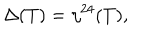
\Delta ( T ) = \eta ^ { 2 4 } ( T ) ,